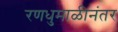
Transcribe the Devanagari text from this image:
रणधुमाळीनंतर